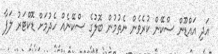
އަދި އައްޑޫން ސްކޭން ކުރެވެން ނެތުމުން ބޮލުގެ ސްކޭނެއް ހެދުމަށް ޑޮކްޓަރު ލަފާ